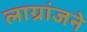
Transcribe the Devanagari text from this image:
लाग्रांजने